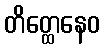
တိတ္ထေနေဝ